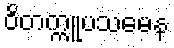
ဝိတက္ကူပသမေန